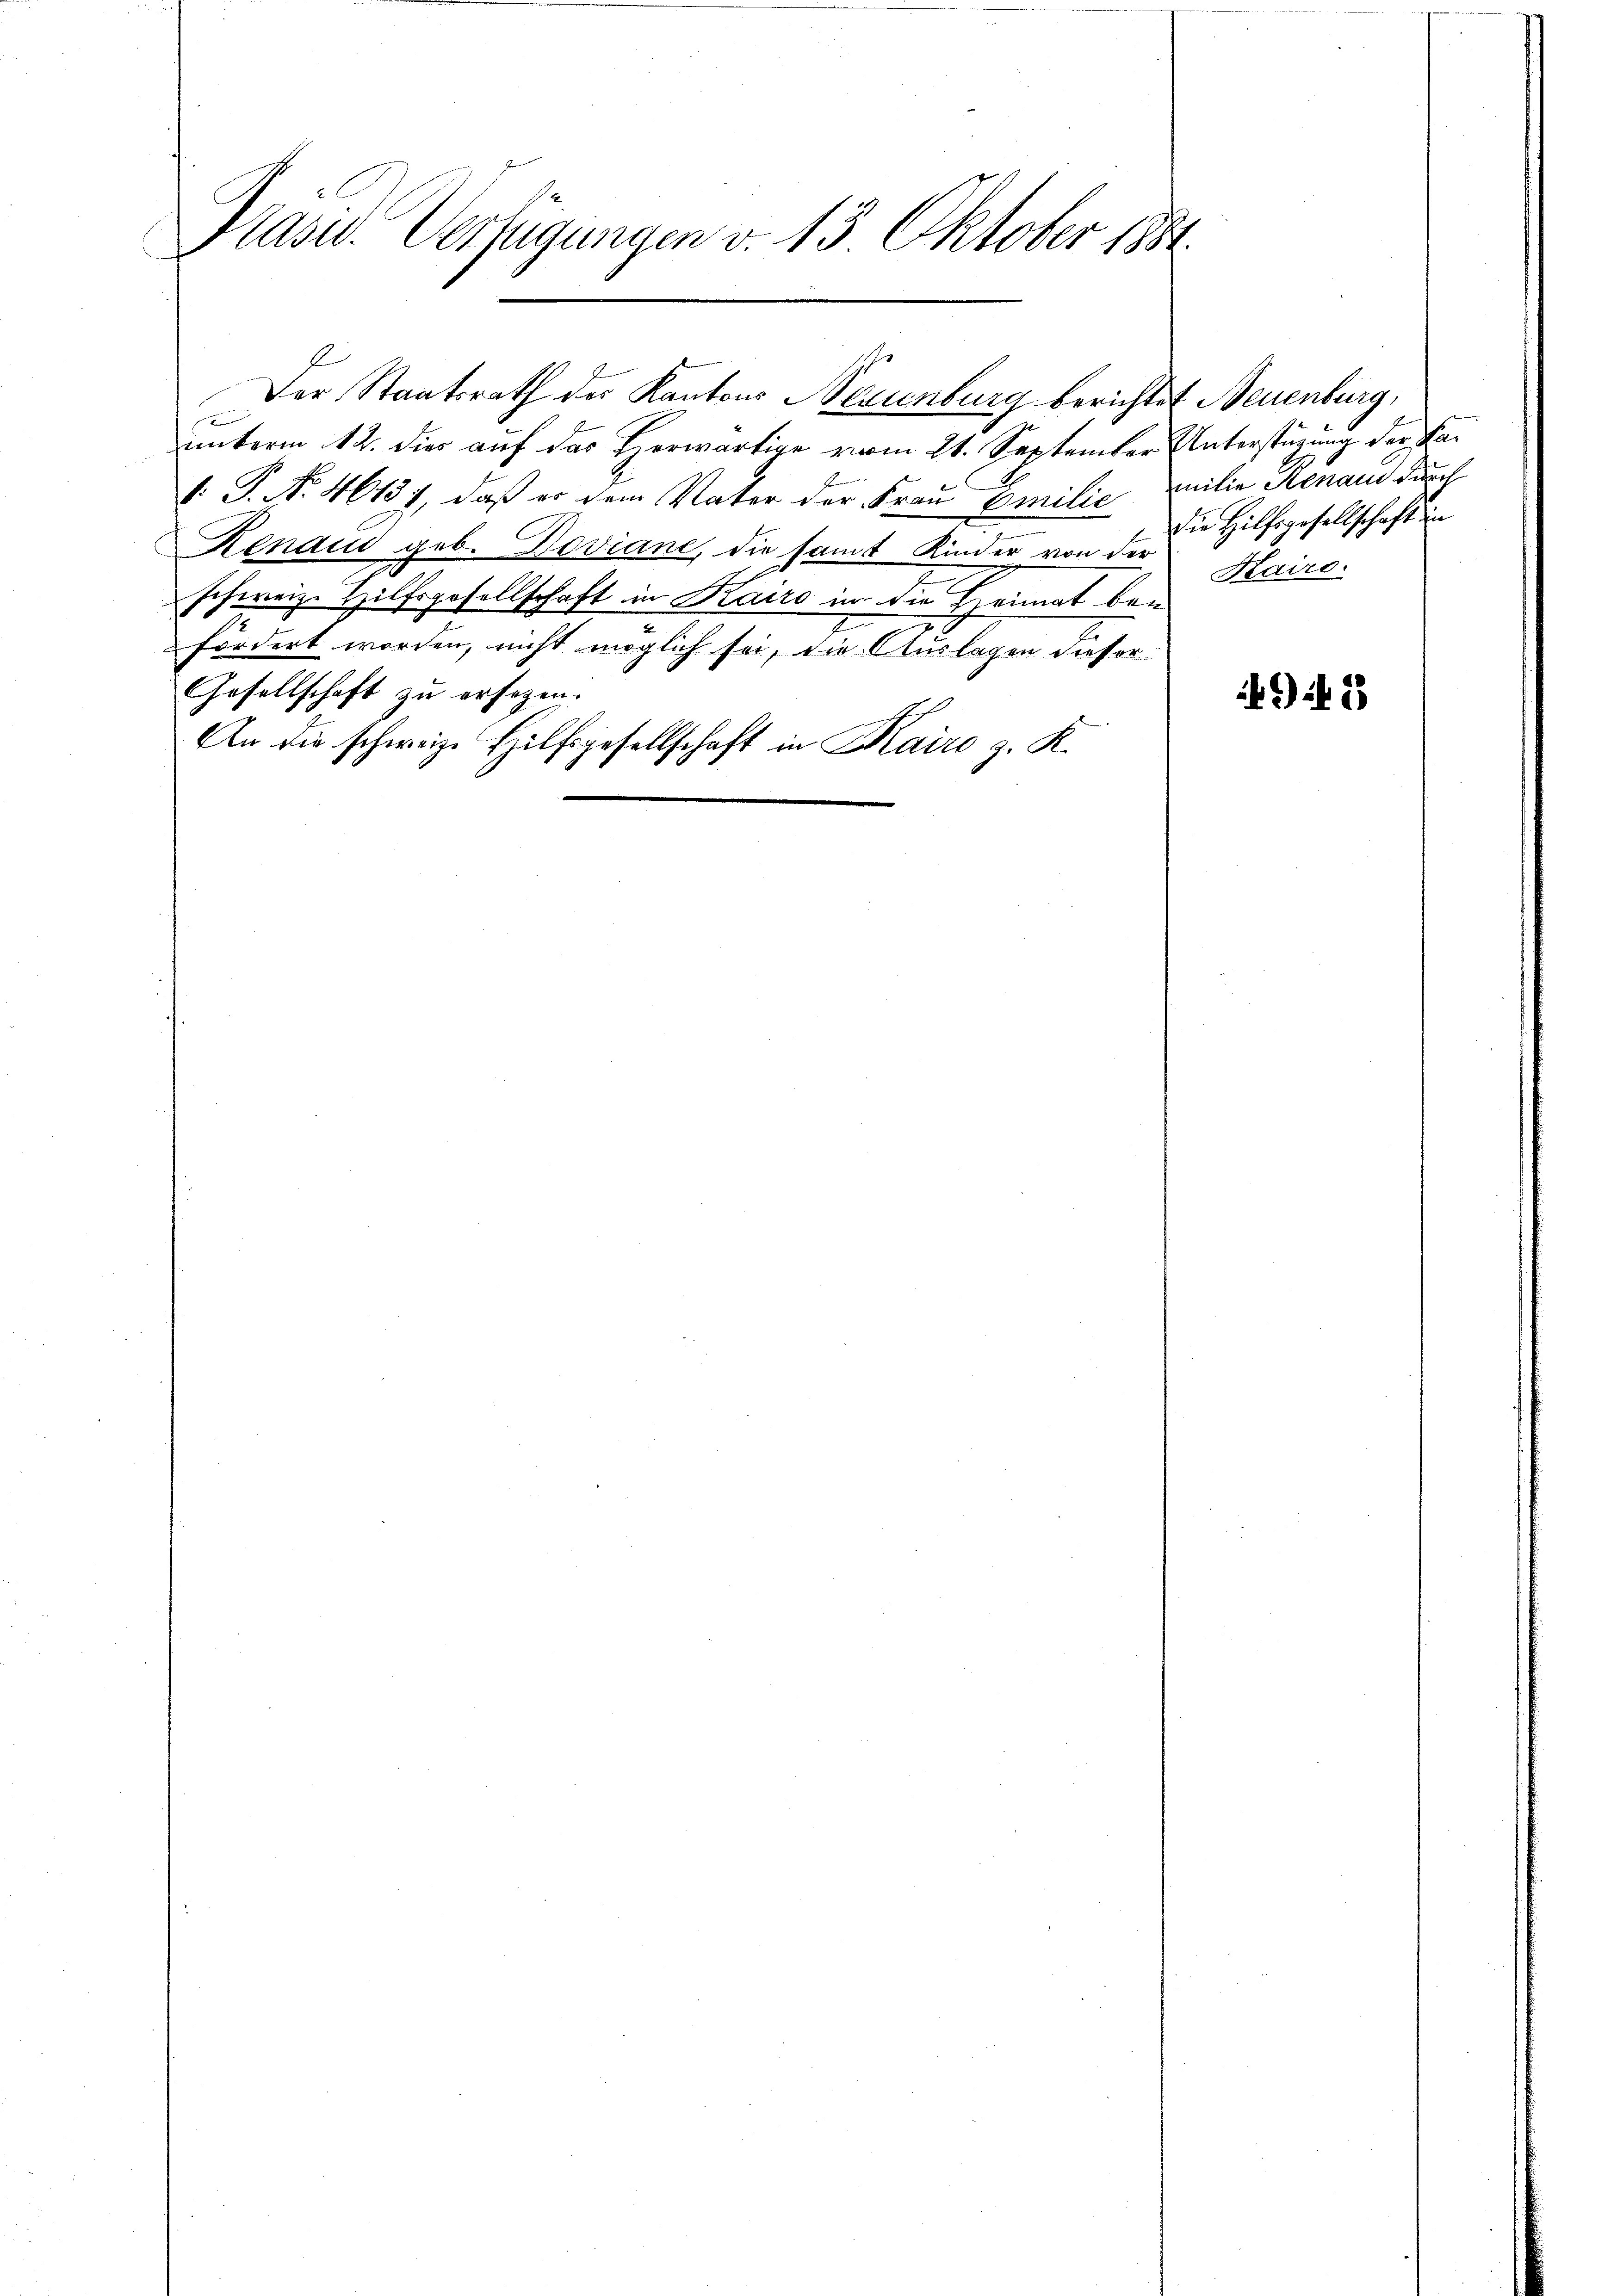
Präsid. Verfügungen v. 13. Oktober 1881
u

unterm 12. dies auf der Herwärtige vom 21. September Unterstüzung der Fa¬
1. P. No. 46131, daß er dem Vater der Frau Emilie milie Renau durch
Renau geb. Deviane, die samt Kinder von der
schweiz. Hilfsgesellschaft in Kairo in die Heimat bei
fördert worden, nicht möglich sei, die Auslagen dieser
Gesellschaft zu ersezen.
An die schweize Hilfsgesellschaft in Kairo z. R.

Der Staatsrath des Kantons Neuenburg berichtet Neuenburg,

Die Hilfsgesellschaft in
Kairo.

49 f 28